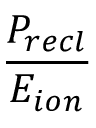
\frac { P _ { r e c l } } { E _ { i o n } }